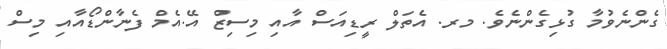
ގެންނެވުމާ ގުޅިގެންނެވެ. މރ. އެތަލް ރީޑިއަސް އާއި މިސިޒް އޭ.އެމް ފެނާންޑޯއާއި މިސް